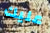
عليك